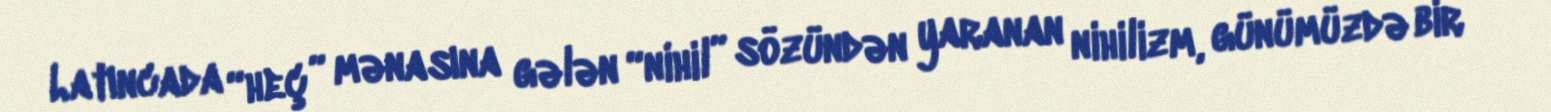
Latıncada “heç” mənasına gələn “nihil” sözündən yaranan nihilizm, günümüzdə bir